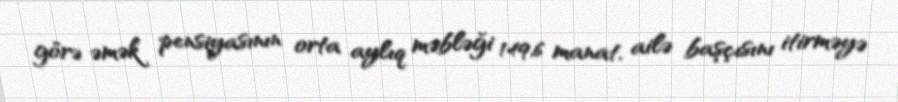
görə əmək pensiyasının orta aylıq məbləği 149,6 manat, ailə başçısını itirməyə